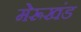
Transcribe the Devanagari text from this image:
मेरूखंड